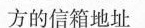
方的信箱地址